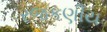
રજકણીય